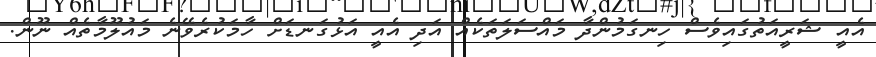
އެއީ ޝަރީއަތުގައިވެސް ހިނގަމުންދާ މައްސަލަތަކެއް އަދި އެއީ އަޅުގަނޑަށް ހާމަކުރެވޭނެ މައުލޫމާތެއް ނޫން.